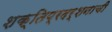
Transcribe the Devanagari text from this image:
शक्तिप्रदर्शनाची